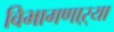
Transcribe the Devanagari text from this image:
विभागणाऱ्या